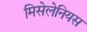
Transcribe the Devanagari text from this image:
मिसेलेनियस